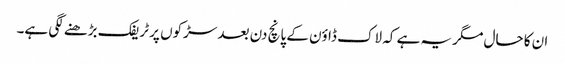
ان کا حال مگر یہ ہے کہ لاک ڈاؤن کے پانچ دن بعد سڑکوں پر ٹریفک بڑھنے لگی ہے۔